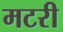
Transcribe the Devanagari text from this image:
मटरी